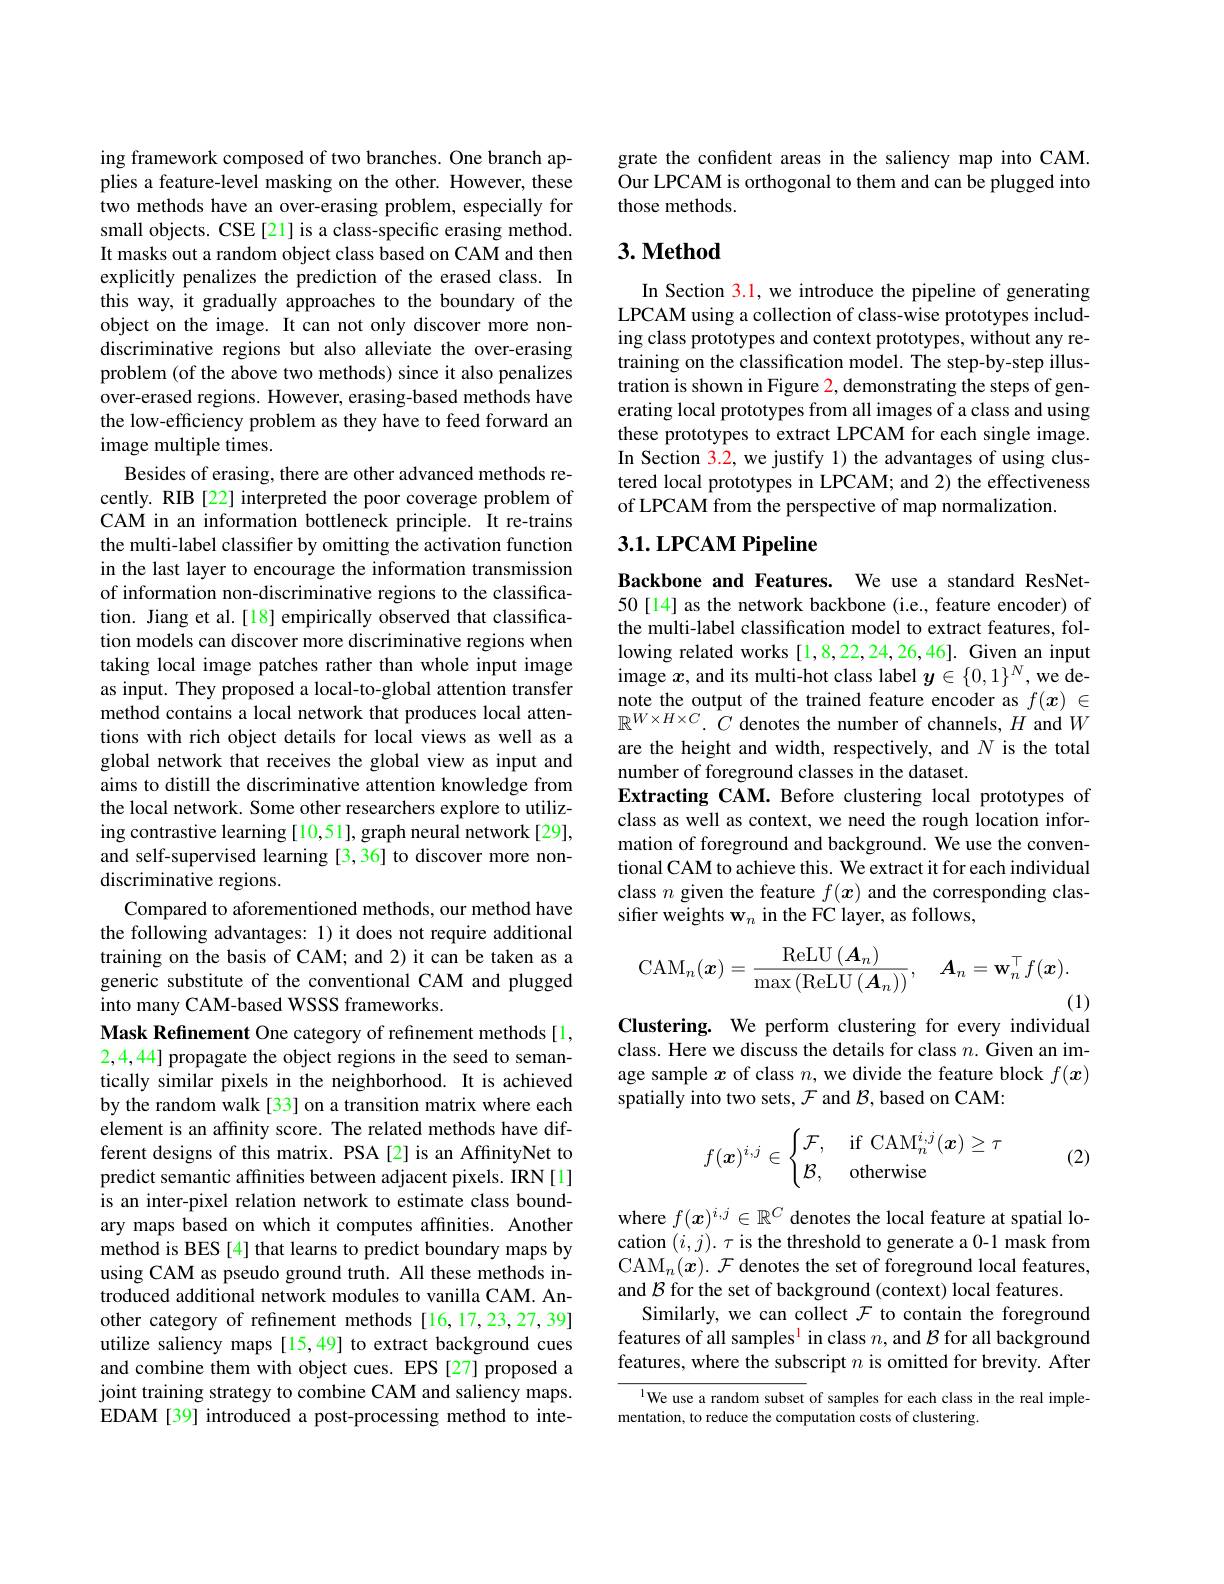
ing framework composed of two branches. One branch applies a feature-level masking on the other. However, these two methods have an over-erasing problem, especially for small objects. CSE[21] is a class-specific erasing method. It masks out a random object class based on CAM and then explicitly penalizes the prediction of the erased class. In this way, it gradually approaches to the boundary of the object on the image. It can not only discover more nondiscriminative regions but also alleviate the over-erasing problem (of the above two methods) since it also penalizes over-erased regions. However, erasing-based methods have the low-efficiency problem as they have to feed forward an image multiple times.
Besides of erasing, there are other advanced methods recently. RIB [22] interpreted the poor coverage problem of CAM in an information bottleneck principle. It re-trains the multi-label classifier by omitting the activation function in the last layer to encourage the information transmission of information non-discriminative regions to the classification. Jiang et al. [18] empirically observed that classification models can discover more discriminative regions when taking local image patches rather than whole input image as input. They proposed a local-to-global attention transfer method contains a local network that produces local attentions with rich object details for local views as well as a global network that receives the global view as input and aims to distill the discriminative attention knowledge from the local network. Some other researchers explore to utilizing contrastive learning [10,51], graph neural network [29], and self-supervised learning [3,36] to discover more nondiscriminative regions.
Compared to aforementioned methods, our method have the following advantages: 1) it does not require additional training on the basis of CAM; and 2) it can be taken as a generic substitute of the conventional CAM and plugged into many CAM-based WSSS frameworks.
Mask Refinement One category of refinement methods[1, 2,4,44] propagate the object regions in the seed to semantically similar pixels in the neighborhood. It is achieved by the random walk [33] on a transition matrix where each element is an affinity score. The related methods have different designs of this matrix. PSA[2] is an AffinityNet to predict semantic affinities between adjacent pixels. IRN[1] is an inter-pixel relation network to estimate class boundary maps based on which it computes affinities. Another method is BES [4] that learns to predict boundary maps by using CAM as pseudo ground truth. All these methods introduced additional network modules to vanilla CAM. Another category of refinement methods[16,17,23,27,39] utilize saliency maps [15,49] to extract background cues and combine them with object cues. EPS [27] proposed a joint training strategy to combine CAM and saliency maps. EDAM [39] introduced a post-processing method to inte-

grate the confident areas in the saliency map into CAM. Our LPCAM is orthogonal to them and can be plugged into those methods.

### $3. \textbf{Method}$

In Section 3.1, we introduce the pipeline of generating LPCAM using a collection of class-wise prototypes including class prototypes and context prototypes, without any retraining on the classification model. The step-by-step illustration is shown in Figure 2, demonstrating the steps of generating local prototypes from all images of a class and using these prototypes to extract LPCAM for each single image. In Section 3.2, we justify 1) the advantages of using clustered local prototypes in LPCAM; and 2) the effectiveness of LPCAM from the perspective of map normalization.

## $3. 1. \textbf{LPCAM Pipeline}$

Backbone and Features. We use a standard ResNet- 50[14] as the network backbone (i.e., feature encoder) of the multi-label classification model to extract features, following related works [1,8,22,24,26,46]. Given an input image $x$, and its multi-hot class label $y\in\{0,1\}^N$, we denote the output of the trained feature encoder as $f(x)\in$ $\mathbb{R}^{W\times H\times C}.{~\hat{C}~\text{denotes the number of channels, }H~\mathrm{and~}W}$ are the height and width, respectively, and $N$ is the total number of foreground classes in the dataset.
Extracting CAM. Before clustering local prototypes of class as well as context, we need the rough location information of foreground and background. We use the conventional CAM to achieve this. We extract it for each individual class $n$ given the feature $f(x)$ and the corresponding classifter weights $\mathbf{w}_n$ in the FC layer, as follows,
$$\mathrm{CAM}_n(\boldsymbol{x})=\frac{\mathrm{ReLU}\left(\boldsymbol{A}_n\right)}{\max\left(\mathrm{ReLU}\left(\boldsymbol{A}_n\right)\right)},\quad\boldsymbol{A}_n=\mathbf{w}_n^\top f(\boldsymbol{x}).$$
(1)

Clustering. We perform clustering for every individual

class. Here we discuss the details for class $n.$ Given an image sample $x$ of class $n$, we divide the feature block $f(x)$ spatially into two sets, $\mathcal{F}$ and $\mathcal{B}$,based on CAM:
$$f(\boldsymbol{x})^{i,j}\in\begin{cases}\mathcal{F},&\text{if CAM}_n^{i,j}(\boldsymbol{x})\geq\tau\\\mathcal{B},&\text{otherwise}\end{cases}$$
(2)

where $f(\boldsymbol{x})^{i,j}\in\mathbb{R}^C$ denotes the local feature at spatial location $(i,j).\tau$ is the threshold to generate a 0-1 mask from CAM$_n(\boldsymbol x).\mathcal{F}$ denotes the set of foreground local features, and $\mathcal{B}$ for the set of background (context) local features.
Similarly, we can collect $\mathcal{F}$ to contain the foreground features of all samples$^\text{l}$ in class $n$, and $\mathcal{B}$ for all background features, where the subscript $n$ is omitted for brevity. After

l We use a random subset of samples for each class in the real imple-
mentation, to reduce the computation costs of clustering.